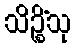
သိဉ္စိံသု